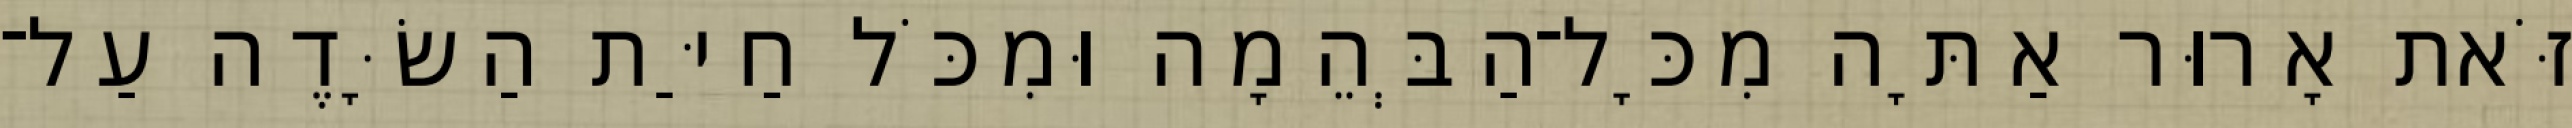
זֹּאת אָרוּר אַתָּה מִכָּל־הַבְּהֵמָה וּמִכֹּל חַיַּת הַשָּׂדֶה עַל־